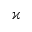
\varkappa